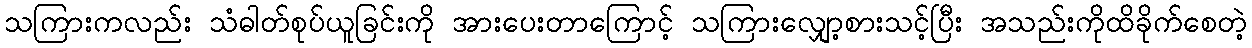
သကြားကလည်း သံဓါတ်စုပ်ယူခြင်းကို အားပေးတာကြောင့် သကြားလျှော့စားသင့်ပြီး အသည်းကိုထိခိုက်စေတဲ့